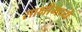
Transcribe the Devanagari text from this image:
साक्षीमध्ये